Calcutta medical institutions reports 1871-78
Year: 1871
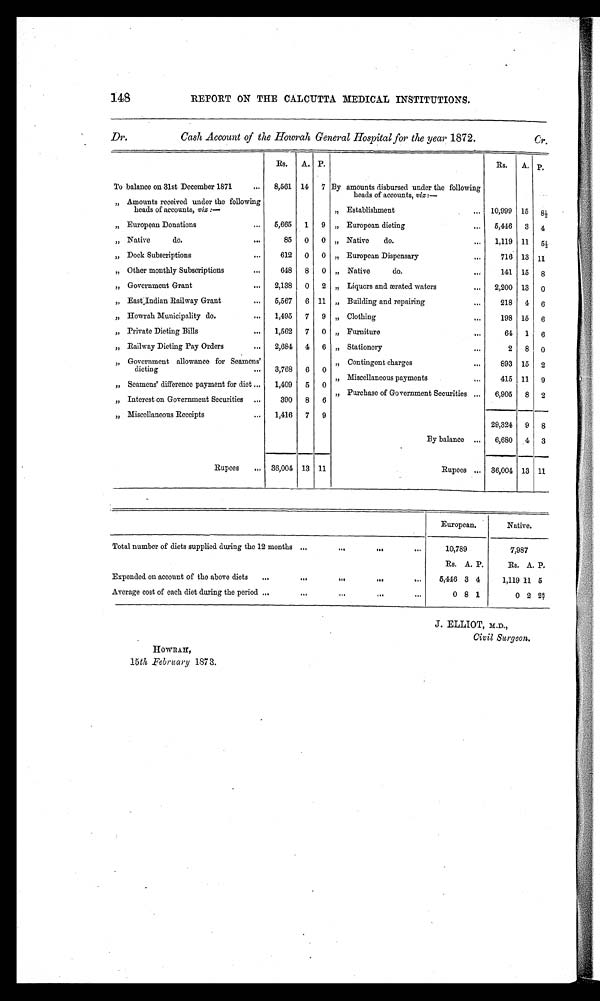
148
REPORT ON THE CALCUTTA MEDICAL INSTITUTIONS.
Dr.
Cash Account of the Howrah General Hospital for the year 1872.
Cr.
Rs.
A. P.
Rs.
A. P.
To balance on 31st December 1871
...
8,561 14 7 By amounts disbursed under the following
heads of accounts, viz : —
„ Amounts received under the following
heads of accounts, viz:—
„ Establishment
... 10,999 15
8 ½
„ European Donations
...
5,665 1 9 „ European dieting
...
5,446 3 4
„ Native
do.
. . .
85 0 0 „ Native
do.
...
1,119 11
5 ½
„ Dock Subscriptions
...
612 0 0 „ European Dispensary
,.,
716 13 11
„ Other monthly Subscriptions
...
648 8 0 „ Native
do.
...
141 15 8
„ Government Grant
...
2,138 0 2 „ Liquors and ærated waters
...
2,200 13 0
„ East Indian Railway Grant
...
5,567 6 11 „ Building and repairing
...
218 4 6
„ Howrah Municipality do.
...
1,495 7 9 „ Clothing
...
198 15 6
„ Private Dieting Bills
...
1,562 7 0 „ Furniture
64 1 6
„ Railway Dieting Pay Orders
...
2,684 4 6 „ Stationery...
2 8 0
„ Government allowance for Seamens'
dieting
...
3,768 6 0
„ Contingent charges
...
893 15 2
„ Seamens' difference payment for diet ...
1,409 5 0
„ Miscellaneous payments
. . .
415 11 9
„ Interest on Government Securities ...
390 8 6
„ Purchase of Government Securities ...
6,905 8 2
„ Miscellaneous Receipts
...
1,416 7 9
29,324
—
9
—
8
— —
By balance ...
6,680 4 3
Rupees
36,004 13 11
Rupees ... 36,004
—
13
—
11
European. .
Native.
Total number of diets supplied during the 12 months ...
—
...
...
10,789
7,987
Rs. A. P.
Rs. A. P.
Expended on account of the above diets
...
..
5,446 3 4
1,119 11 5
Average cost of each diet during the period —
. . . ...
0 8 1
0 2
2 8 / 7
J'. ELLIOT, M.D.,
Civil Surgeon.
H O W R A H ,
15th February 1873.